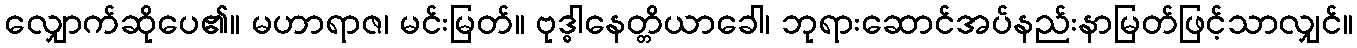
လျှောက်ဆိုပေ၏။ မဟာရာဇ၊ မင်းမြတ်။ ဗုဒ္ဓါနေတ္တိယာခေါ၊ ဘုရားဆောင်အပ်နည်းနာမြတ်ဖြင့်သာလျှင်။